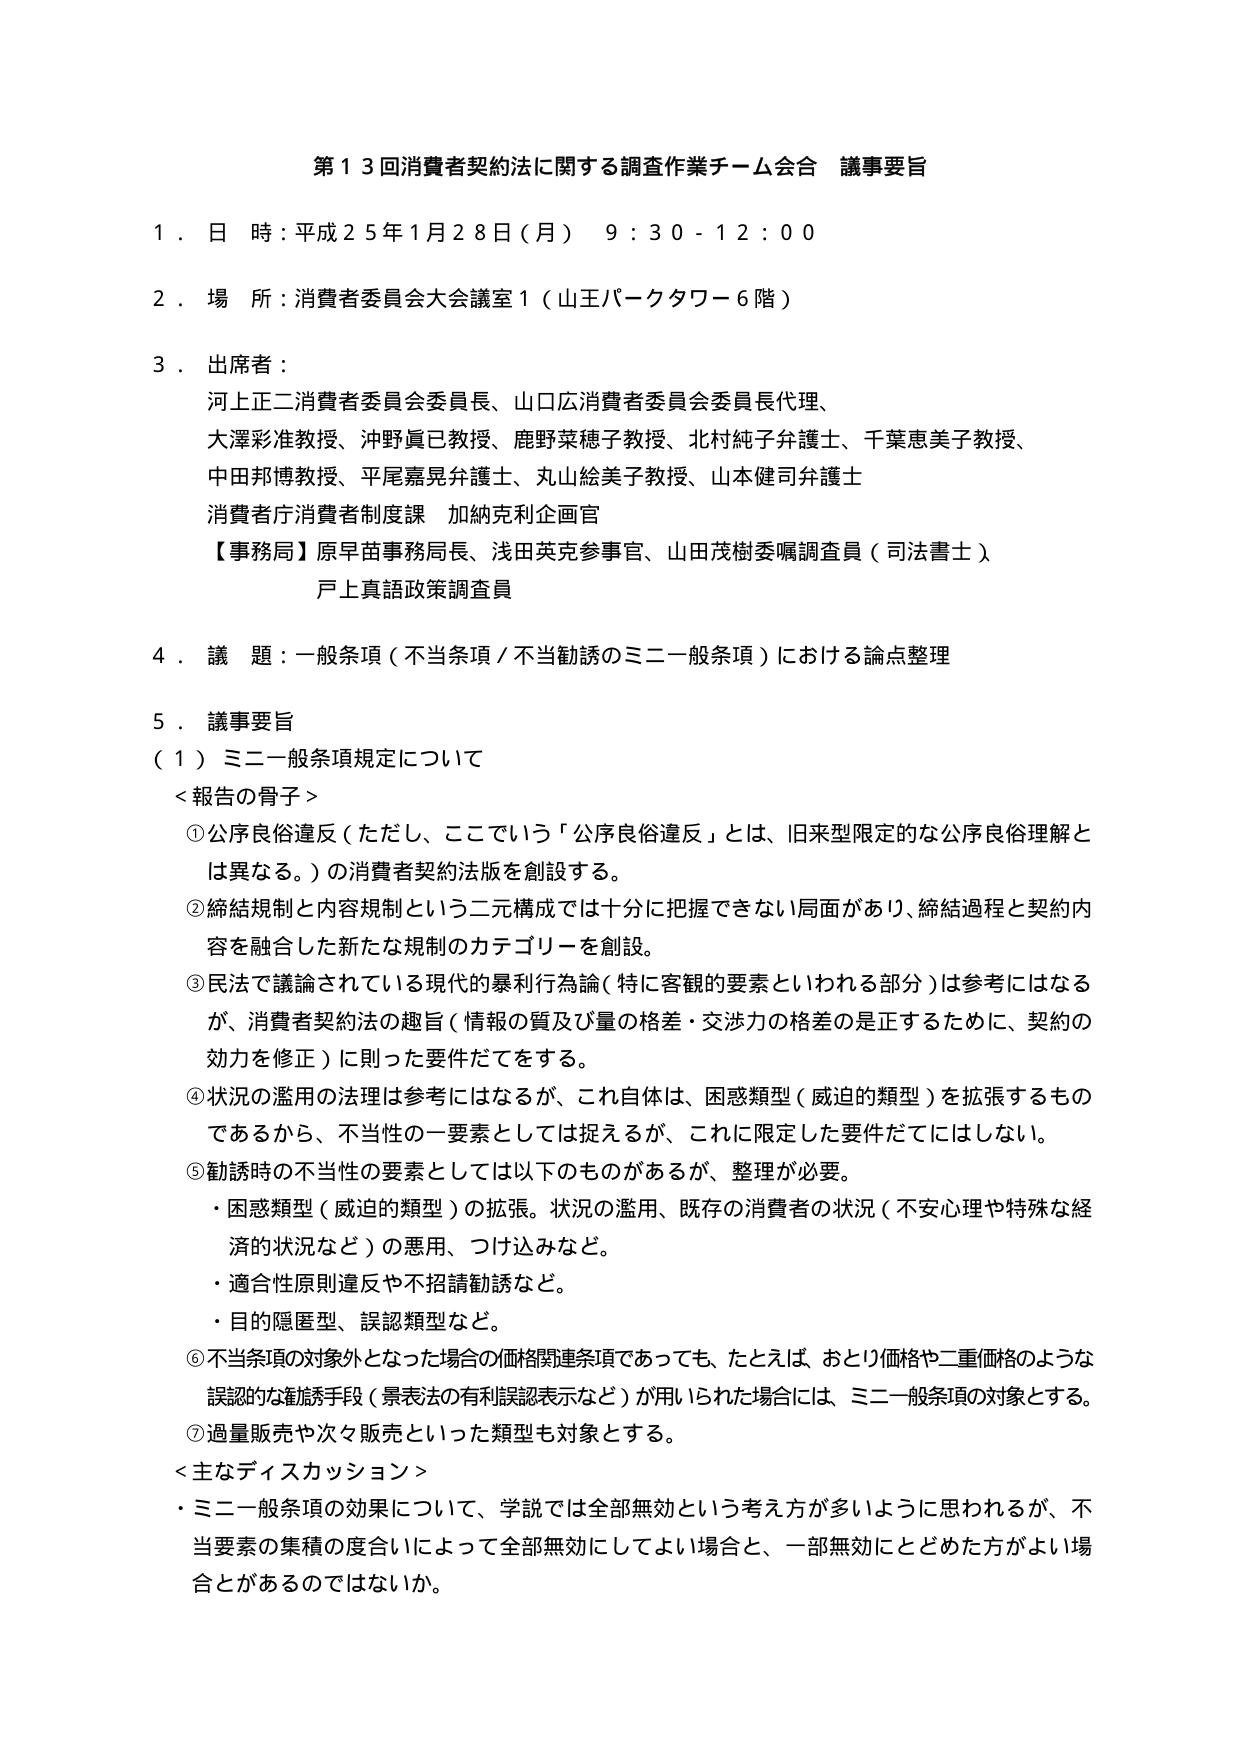
第１３回消費者契約法に関する調査作業チーム会合 議事要旨

１．日 時：平成２５年１月２８日（月） ９：３０－１２：００

２．場 所：消費者委員会大会議室１（山王パークタワー６階）

３．出席者：
河上正二消費者委員会委員長、山口広消費者委員会委員長代理、
大澤彩准教授、沖野眞巳教授、鹿野菜穂子教授、北村純子弁護士、千葉恵美子教授、
中田邦博教授、平尾嘉晃弁護士、丸山絵美子教授、山本健司弁護士
消費者庁消費者制度課 加納克利企画官
【事務局】原早苗事務局長、浅田英克参事官、山田茂樹委嘱調査員（司法書士）
戸上真語政策調査員

４．議 題：一般条項（不当条項／不当勧誘のミニ一般条項）における論点整理

５．議事要旨
（１）ミニ一般条項規定について
＜報告の骨子＞
①公序良俗違反（ただし、ここでいう「公序良俗違反」とは、旧来型限定的な公序良俗理解とは異なる。）の消費者契約法版を創設する。
②締結規制と内容規制という二元構成では十分に把握できない局面があり、締結過程と契約内容を融合した新たな規制のカテゴリーを創設。
③民法で議論されている現代的暴利行為論（特に客観的要素といわれる部分）は参考にはなるが、消費者契約法の趣旨（情報の質及び量の格差・交渉力の格差の是正するために、契約の効力を修正）に則った要件だてをする。
④状況の濫用の法理は参考にはなるが、これ自体は、困惑類型（威迫的類型）を拡張するものであるから、不当性の一要素としては捉えるが、これに限定した要件だてにはしない。
⑤勧誘時の不当性の要素としては以下のものがあるが、整理が必要。
・困惑類型（威迫的類型）の拡張。状況の濫用、既存の消費者の状況（不安心理や特殊な経済的状況など）の悪用、つけ込みなど。
・適合性原則違反や不招請勧誘など。
・目的隠匿型、誤認類型など。
⑥不当条項の対象外となった場合の価格関連条項であっても、たとえば、おとり価格や二重価格のような誤認的な勧誘手段（景表法の有利誤認表示など）が用いられた場合には、ミニ一般条項の対象とする。
⑦過量販売や次々販売といった類型も対象とする。
＜主なディスカッション＞
・ミニ一般条項の効果について、学説では全部無効という考え方が多いように思われるが、不当要素の集積の度合いによって全部無効にしてよい場合と、一部無効にとどめた方がよい場合とがあるのではないか。